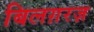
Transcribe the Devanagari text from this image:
बिलग़रज़